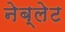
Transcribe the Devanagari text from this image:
नेब्लेट